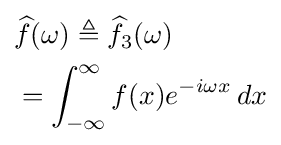
{\begin{aligned}&{\widehat {f}}(\omega )\triangleq {\widehat {f}}_{3}(\omega )\\&=\int _{-\infty }^{\infty }f(x)e^{-i\omega x}\,dx\end{aligned}}